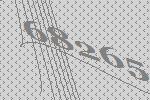
68265